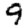
Digit: 9